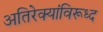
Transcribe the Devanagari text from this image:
अतिरेक्यांविरूध्द